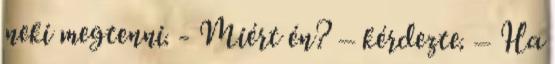
neki megtenni. - Miért én? – kérdezte. – Ha